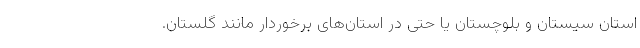
استان سیستان و بلوچستان یا حتی در استان‌های برخوردار مانند گلستان.